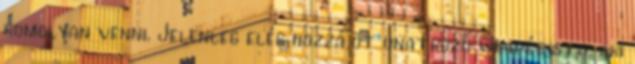
komolyan venni. Jelenleg elég hozzá öt unatkozó wikipédista, aki